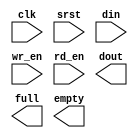
`timescale 1ns / 1ps
//////////////////////////////////////////////////////////////////////////////////
// Company: 
// Engineer: 
// 
// Design Name: 
// Module Name:    input_fifo 
// Project Name: 
// Target Devices: 
// Tool versions: 
// Description: 
//
// Dependencies: 
//
// Revision: 
// Revision 0.01 - File Created
// Additional Comments: 
//
//////////////////////////////////////////////////////////////////////////////////
module input_fifo(
	clk,
	srst,
	din,
	wr_en,
	rd_en,
	dout,
	full,
	empty
	);

	input clk;
	input srst;
	input [15 : 0] din;
	input wr_en;
	input rd_en;
	output [15 : 0] dout;
	output full;
	output empty;

endmodule